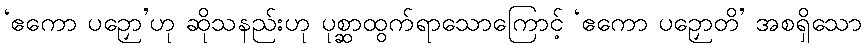
‘ဧကော ပဉှော’ဟု ဆိုသနည်းဟု ပုစ္ဆာထွက်ရာသောကြောင့် ‘ဧကော ပဉှောတိ’ အစရှိသော